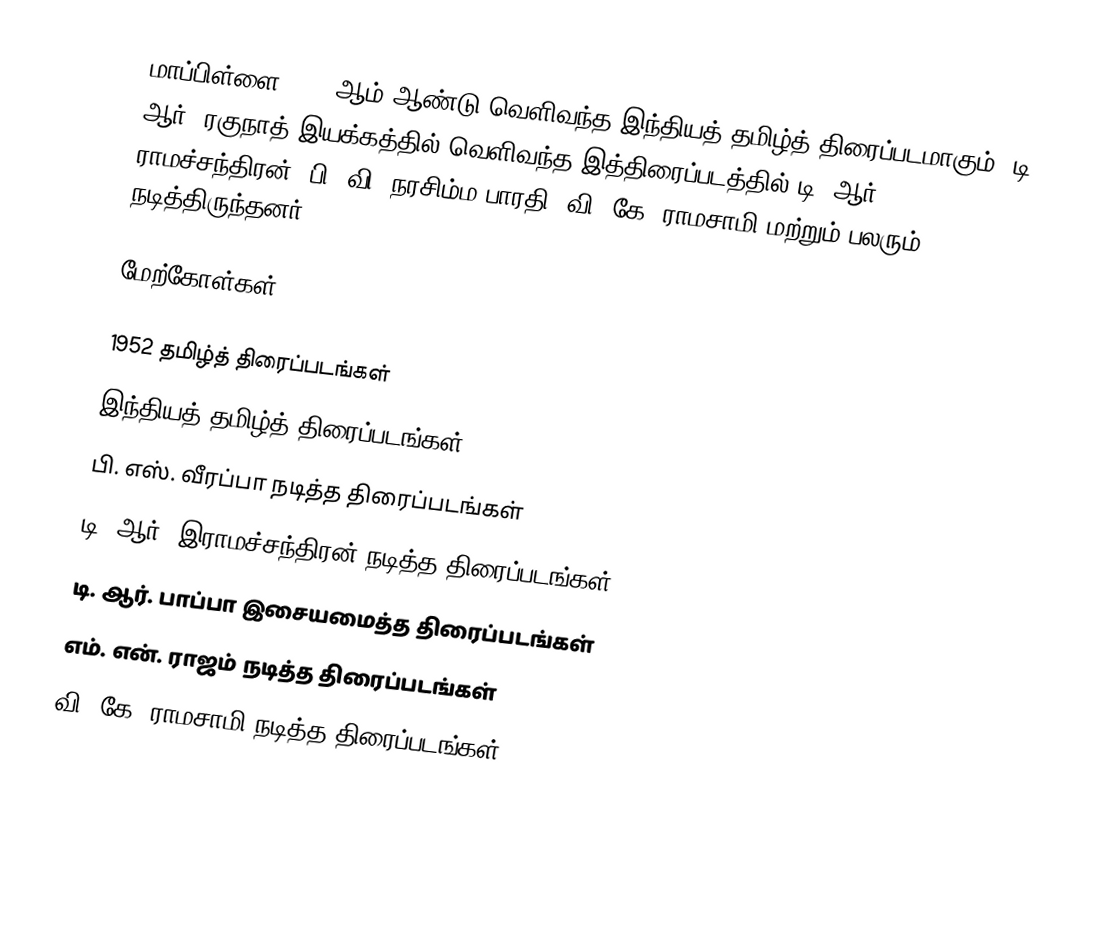
மாப்பிள்ளை 1952 ஆம் ஆண்டு வெளிவந்த இந்தியத் தமிழ்த் திரைப்படமாகும். டி. ஆர். ரகுநாத் இயக்கத்தில் வெளிவந்த இத்திரைப்படத்தில் டி. ஆர். ராமச்சந்திரன், பி. வி. நரசிம்ம பாரதி, வி. கே. ராமசாமி மற்றும் பலரும் நடித்திருந்தனர்.

மேற்கோள்கள்

1952 தமிழ்த் திரைப்படங்கள்
இந்தியத் தமிழ்த் திரைப்படங்கள்
பி. எஸ். வீரப்பா நடித்த திரைப்படங்கள்
டி. ஆர். இராமச்சந்திரன் நடித்த திரைப்படங்கள்
டி. ஆர். பாப்பா இசையமைத்த திரைப்படங்கள்
எம். என். ராஜம் நடித்த திரைப்படங்கள்
வி. கே. ராமசாமி நடித்த திரைப்படங்கள்